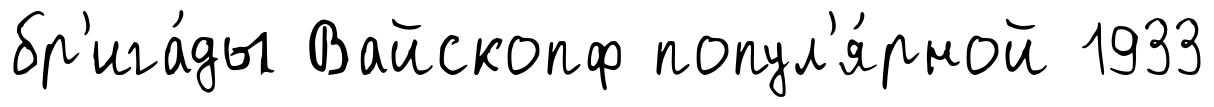
бр'ига́ды Вайскопф попул'я́рной 1933